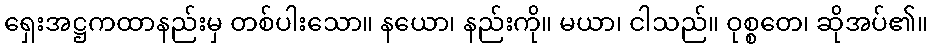
ရှေးအဋ္ဌကထာနည်းမှ တစ်ပါးသော။ နယော၊ နည်းကို။ မယာ၊ ငါသည်။ ဝုစ္စတေ၊ ဆိုအပ်၏။